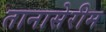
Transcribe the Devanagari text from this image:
तानासेरीम